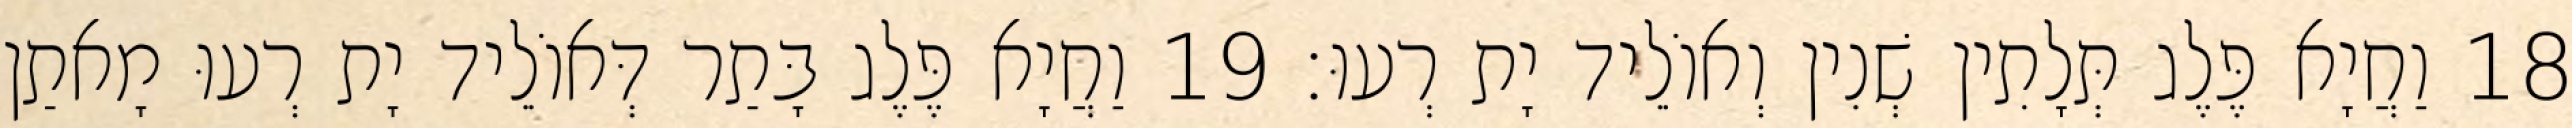
18 וַחֲיָא פֶּלֶג תְּלָתִין שְׁנִין וְאוֹלֵיד יָת רְעוּ׃ 19 וַחֲיָא פֶּלֶג בָּתַר דְּאוֹלֵיד יָת רְעוּ מָאתַן